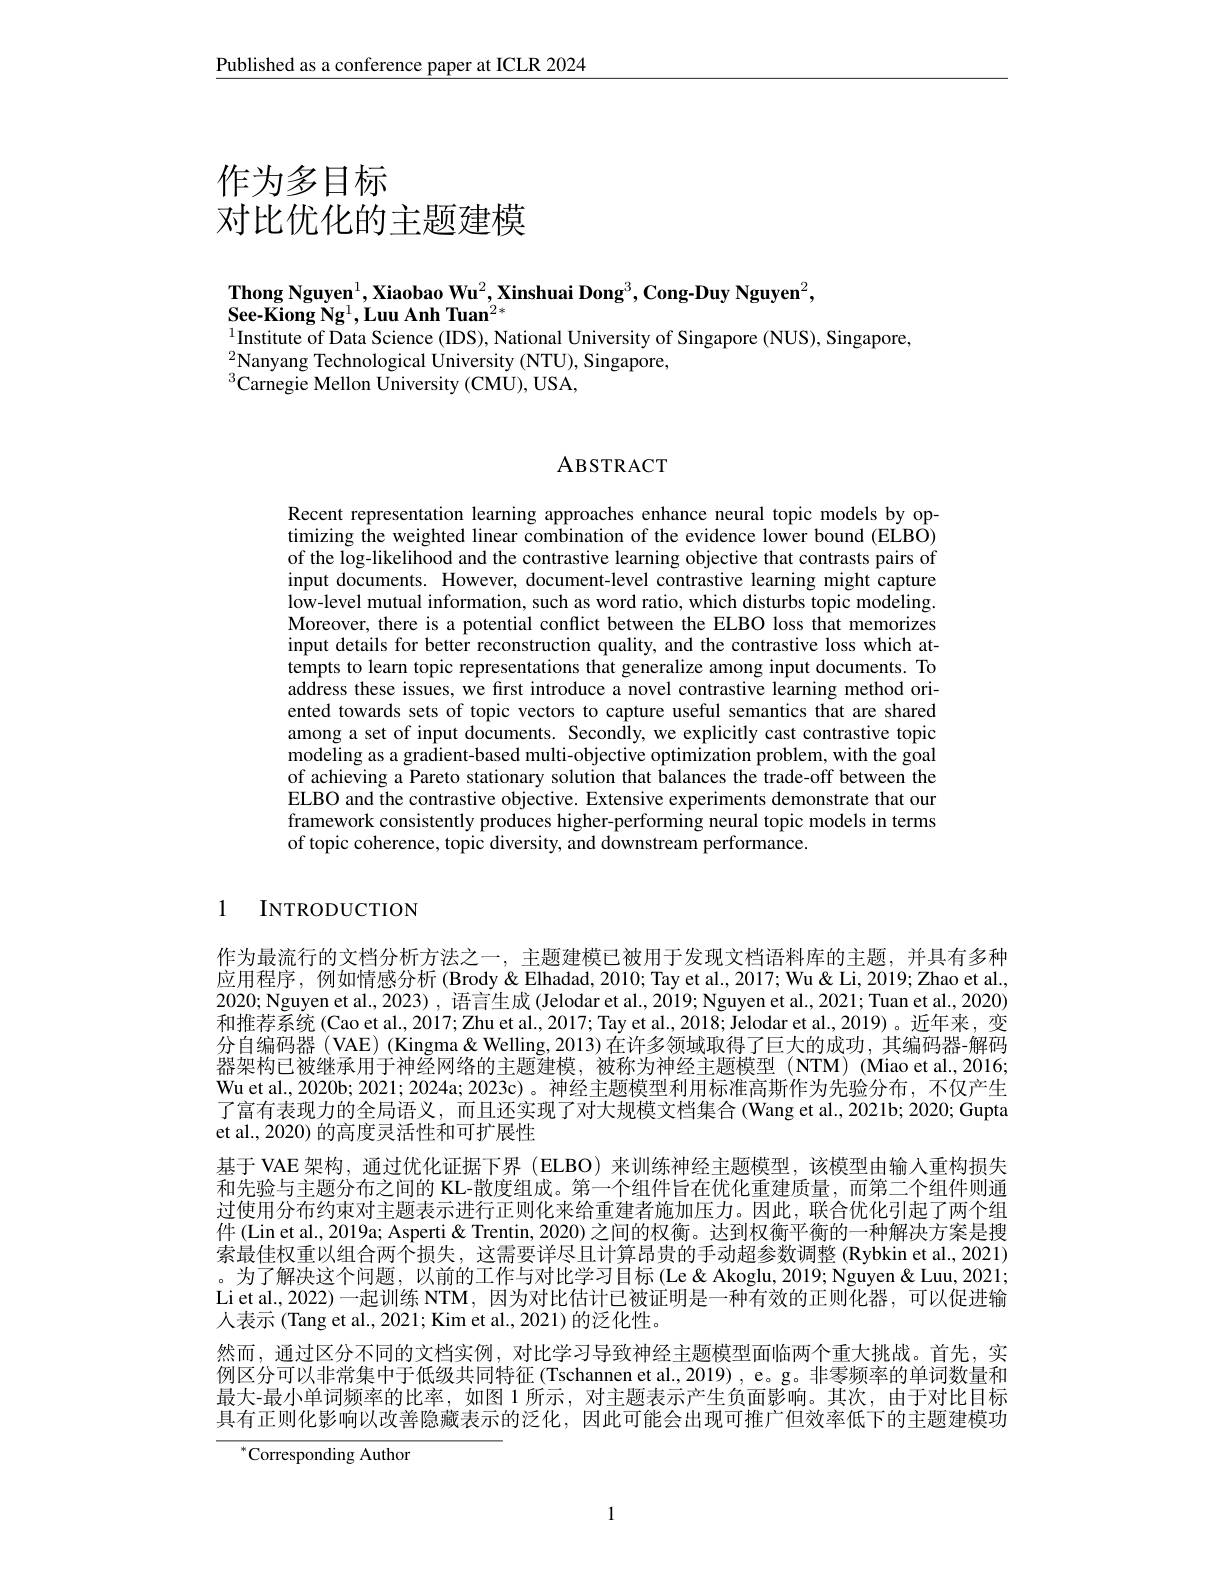
Published as a conference paper at ICLR 2024

# 作为多目标对比优化的主题建模

$\textbf{Thong Nguyen}^1,\textbf{Xiaobao Wu}^2,\textbf{Xinshuai Dong}^3,\textbf{Cong-Duy Nguyen}^2$,
$\textbf{See-Kiong Ng}^{1},\textbf{Luu Anh Tuan}^{2*}$
$^{1}$Institute of Data Science (IDS), National University of Singapore (NUS), Singapore,

$^{2}$Nanyang Technological University (NTU), Singapore,
$^{3}$Carnegie Mellon University(CMU), USA,

## ABSTRACT

Recent representation learning approaches enhance neural topic models by optimizing the weighted linear combination of the evidence lower bound (ELBO) of the log-likelihood and the contrastive learning objective that contrasts pairs of input documents. However, document-level contrastive learning might capture low-level mutual information, such as word ratio, which disturbs topic modeling. Moreover, there is a potential conflict between the ELBO loss that memorizes input details for better reconstruction quality, and the contrastive loss which attempts to learn topic representations that generalize among input documents. To address these issues, we first introduce a novel contrastive learning method oriented towards sets of topic vectors to capture useful semantics that are shared among a set of input documents. Secondly, we explicitly cast contrastive topic modeling as a gradient-based multi-objective optimization problem, with the goal of achieving a Pareto stationary solution that balances the trade-off between the ELBO and the contrastive objective. Extensive experiments demonstrate that our framework consistently produces higher-performing neural topic models in terms of topic coherence, topic diversity, and downstream performance.

1 INTRODUCTION

作为最流行的文档分析方法之一，主题建模已被用于发现文档语料库的主题，并具有多种应用程序，例如情感分析 (Brody&Elhadad,2010; Tay et al., 2017; Wu&Li, 2019; Zhao et al. 2020; Nguyen et al., 2023) , 语言生成 (Jelodar et al., 2019; Nguyen et al., 2021; Tuan et al.., 2020) 和推荐系统 (Cao et al., 2017; Zhu et al., 2017; Tay et al., 2018; Jelodar et al., 2019)。近年来，变分自编码器(VAE)(Kingma&Welling,2013)在许多领域取得了巨大的成功，其编码器-解码器架构已被继承用于神经网络的主题建模，被称为神经主题模型(NTM) (Miao et al., 2016, Wu et al., 2020b; 2021; 2024a; 2023c)。神经主题模型利用标准高斯作为先验分布，不仅产生了富有表现力的全局语义，而且还实现了对大规模文档集合(Wang et al., 2021b; 2020; Gupta et al., 2020) 的高度灵活性和可扩展性
基于 VAE 架构，通过优化证据下界 (ELBO) 来训练神经主题模型，该模型由输入重构损失和先验与主题分布之间的 KL-散度组成。第一个组件旨在优化重建质量，而第二个组件则通过使用分布约束对主题表示进行正则化来给重建者施加压力。因此，联合优化引起了两个组件(Lin et al., 2019a; Asperti & Trentin, 2020) 之间的权衡。达到权衡平衡的一种解决方案是搜索最佳权重以组合两个损失，这需要详尽且计算昂贵的手动超参数调整 (Rybkin et al., 2021) 。为了解决这个问题，以前的工作与对比学习目标(Le& Akoglu, 2019; Nguyen & Luu, 2021; Liet al., 2022) 一起训练 NTM, 因为对比估计已被证明是一种有效的正则化器，可以促进输人表示 (Tang et al., 2021; Kim et al., 2021) 的泛化性。
然而，通过区分不同的文档实例，对比学习导致神经主题模型面临两个重大挑战。首先，实例区分可以非常集中于低级共同特征(Tschannen et al., 2019) , e。g。非零频率的单词数量和最大-最小单词频率的比率，如图 1 所示，对主题表示产生负面影响。其次，由于对比目标具有正则化影响以改善隐藏表示的泛化，因此可能会出现可推广但效率低下的主题建模功

${}^{*}$Corresponding Author

1